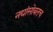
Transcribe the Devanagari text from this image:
नद्यांसोबतच